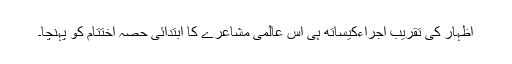
اظہار کی تقریبِ اجراءکیساتھ ہی اس عالمی مشاعرے کا ابتدائی حصہ اختتام کو پہنچا۔